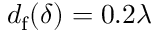
d _ { \mathrm { f } } ( \delta ) = 0 . 2 \lambda